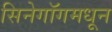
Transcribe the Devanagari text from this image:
सिनेगॉगमधून